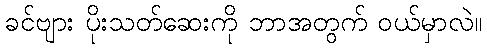
ခင်ဗျား ပိုးသတ်ဆေးကို ဘာအတွက် ဝယ်မှာလဲ။